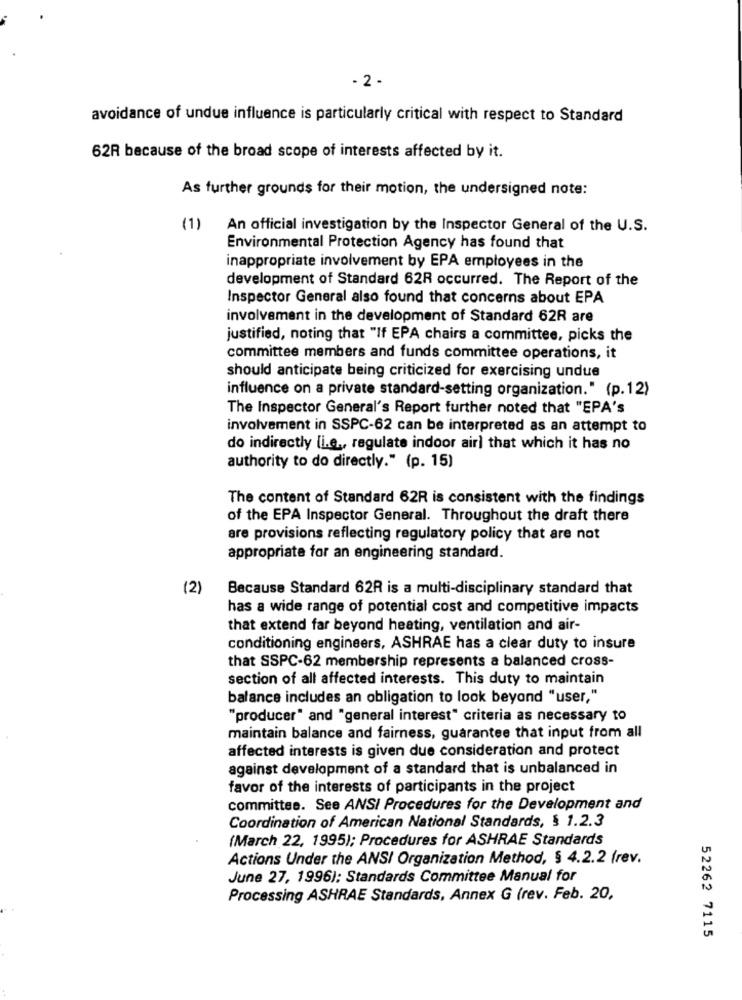
- 2 -
avoidance of undue influence is particularly critical with respect to Standard
62R because of the broad scope of interests affected by it.
As further grounds for their motion, the undersigned note:
(1)
An official investigation by the Inspector General of the U.S.
Environmental Protection Agency has found that
inappropriate involvement by EPA employees in the
development of Standard 62R occurred. The Report of the
Inspector General also found that concerns about EPA
involvement in the development of Standard 62R are
justified, noting that "If EPA chairs a committee, picks the
committee members and funds committee operations, it
should anticipate being criticized for exercising undue
influence on a private standard-setting organization." (p. 12)
The Inspector General's Report further noted that "EPA's
involvement in SSPC-62 can be interpreted as an attempt to
do indirectly (i.e ., regulate indoor air) that which it has no
authority to do directly." (p. 15)
The content of Standard 62R is consistent with the findings
of the EPA Inspector General. Throughout the draft there
are provisions reflecting regulatory policy that are not
appropriate for an engineering standard.
(2)
Because Standard 62R is a multi-disciplinary standard that
has a wide range of potential cost and competitive impacts
that extend far beyond heating, ventilation and air-
conditioning engineers, ASHRAE has a clear duty to insure
that SSPC-62 membership represents a balanced cross-
section of all affected interests. This duty to maintain
balance includes an obligation to look beyond "user,"
"producer" and "general interest" criteria as necessary to
maintain balance and fairness, guarantee that input from all
affected interests is given due consideration and protect
against development of a standard that is unbalanced in
favor of the interests of participants in the project
committee. See ANSI Procedures for the Development and
Coordination of American National Standards, § 1.2.3
(March 22, 1995); Procedures for ASHRAE Standards
Actions Under the ANSI Organization Method, § 4.2.2 (rev.
June 27, 1996); Standards Committee Manual for
Processing ASHRAE Standards, Annex G (rev. Feb. 20,
52262 7115